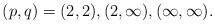
LaTeX: \begin{align*}(p, q) = (2,2),(2,\infty), (\infty,\infty). \end{align*}